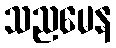
သညမေန